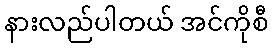
နားလည်ပါတယ် အင်ကိုစီ